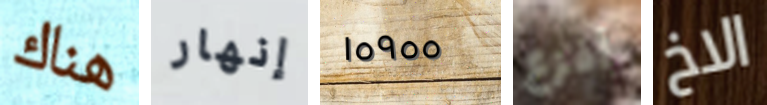
هناك إنهار ١٥٩٥٥ أفزع الاخ